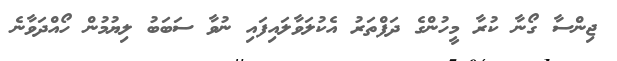
ޖިންސާ ގޯނާ ކުރާ މީހުންގެ ދަފްތަރު އެކުލަވާލައިފައި ނުވާ ސަބަބު ލިޔުމުން ހޯއްދަވާނެ